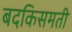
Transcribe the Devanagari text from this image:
बदकिसमती